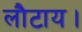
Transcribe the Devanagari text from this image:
लौटाय।